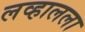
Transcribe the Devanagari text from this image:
लव्हालला